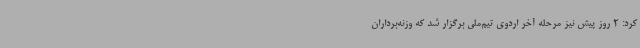
کرد: 2 روز پیش نیز مرحله آخر اردوی تیم‌ملی برگزار شد که وزنه‌برداران